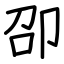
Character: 卲